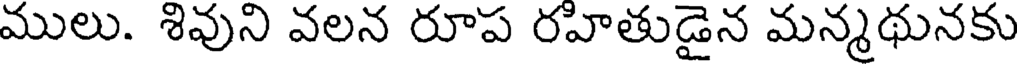
ములు. శివుని వలన రూప రహితుడైన మన్మథునకు